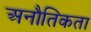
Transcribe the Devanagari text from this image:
अनौतिकता